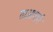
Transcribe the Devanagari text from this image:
ताओमार्ग